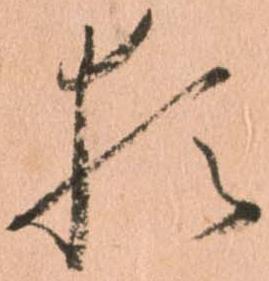
猶